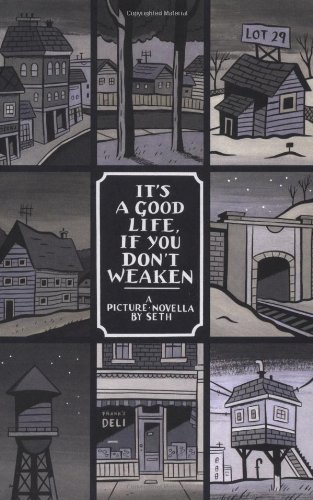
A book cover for It's a Good Life, If You Don't Weaken: A Picture Novella; Seth; Comics & Graphic Novels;